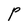
Character: P